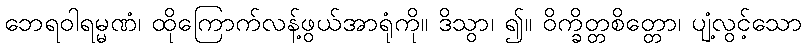
ဘေရဝါရမ္မဏံ၊ ထိုကြောက်လန့်ဖွယ်အာရုံကို။ ဒိသွာ၊ ၍။ ဝိက္ခိတ္တစိတ္တော၊ ပျံ့လွင့်သော